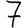
Digit: 7